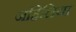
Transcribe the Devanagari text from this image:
जहिलिया